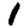
Digit: 1